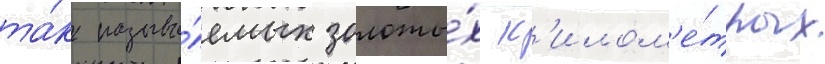
та́к называ́емых золоты́х к'илом'е́трах